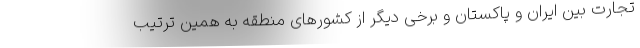
تجارت بین ایران و پاکستان و برخی دیگر از کشورهای منطقه به همین ترتیب